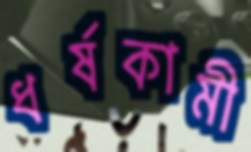
ধর্ষকামী